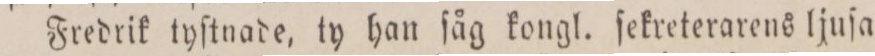
Fredrik tyſtnade, ty han ſåg kongl. ſekreterarens ljuſa